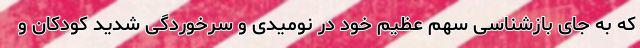
که به جای بازشناسی سهم عظیم خود در نومیدی و سرخوردگی شدید کودکان و